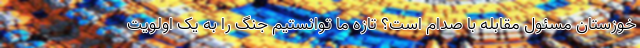
خوزستان مسئول مقابله با صدام است؟ تازه ما توانستیم جنگ را به یک اولویت